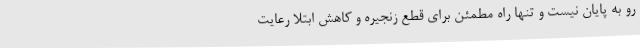
رو به پایان نیست و تنها راه مطمئن برای قطع زنجیره و کاهش ابتلا رعایت